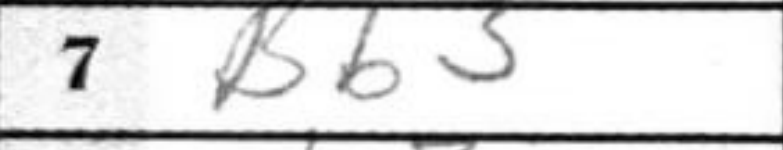
Transcription: Bb3